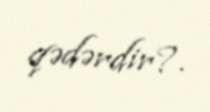
qədərdir?.